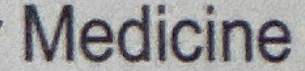
Medicine